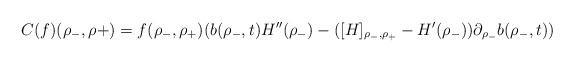
LaTeX: \begin{align*}C(f)(\rho_{-},\rho{+})=f(\rho_{-},\rho_{+})(b(\rho_{-},t)H''(\rho_{-})-([H]_{\rho_{-},\rho_{+}}-H'(\rho_{-}))\partial_{\rho_{-}}b(\rho_{-},t))\end{align*}